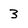
Character: 3